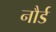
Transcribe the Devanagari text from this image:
नौर्ड